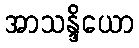
အာသန္ဒိယော